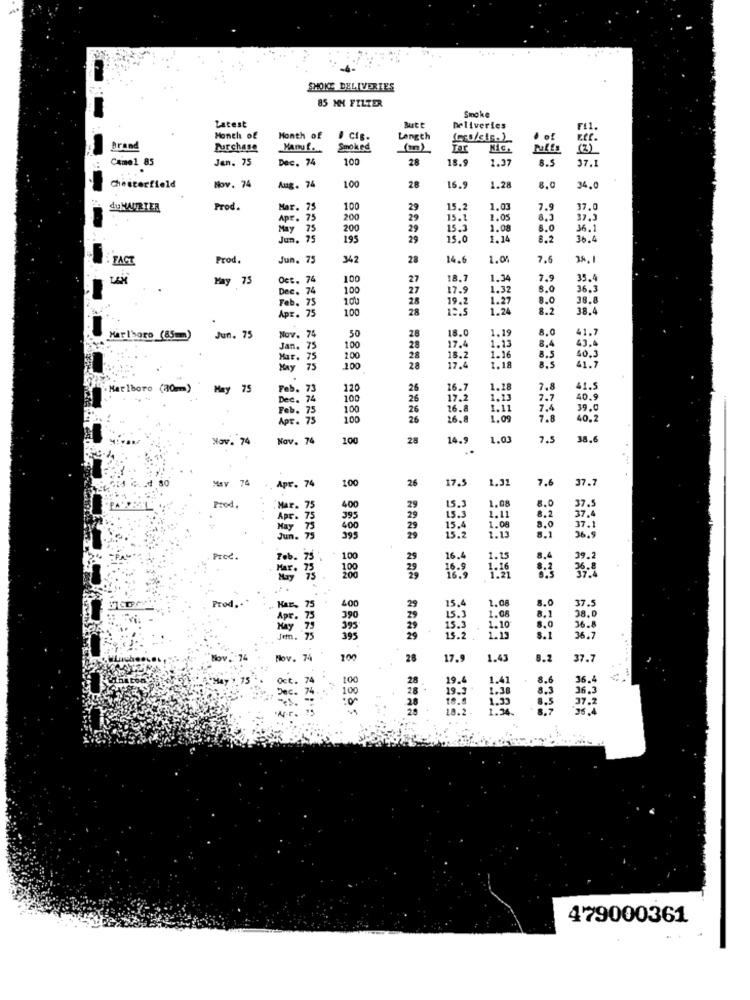
SHOKE DELIVERIES
85 MM FILTER
Latest
Smoke
Deliveries
Month of
Month of
J CIg.
Length
· of
ker .
Brand
Purchase
Manu f.
Smoked
Tar
Puffs
Came1 85
Jan. 75
Dec. 74
100
28
8.5
37.1
Chesterfield
Nov. 74
Aug. 74
100
28
16.9
1.2
8.0
34.0
du MAURTER
Prod.
Mar. 75
100
29
15.2
1.03
7.9
37.0
Apr. 75
200
29
15.
8.5
37.5
May
75
200
29
15.3
1.08
8.0
16.1
Jun. 75
195
29
5.0
1.14
8.2
36.4
FACT
Prod.
Jun. 75
342
28
14.6
1.0
7.6
34.1
May 75
. 74
100
27
18.7
1.3
7.9
35.4
Dec. 7
100
27
17.9
1.32
8.0
36.3
. 75
100
28
19.2
1.27
8.0
38.8
Apr. 7
100
28
1.24
8.2
38.4
18.
1.19
8.0
41.7
Marlboro (85mm)
Jun. 75
Nov. 1
50
28
28
Jan. 75
100
17.4
1.13
8,4
43.4
40,3
Mar. 75
100
28
18.2
1.16
8.5
8.5
41.7
May
75
100
28
17.4
1.18
Marlboro (30m)
May
75
Feb. 2
120
26
16.7
1.18
7.8
41.5
Dec. 74
100
26
17.2
1.13
7.7
40.9
Feb.7
100
26
16.8
1.11
7.4
39.0
Apt. 7
100
26
26.8
1,09
7.8
40.2
Nov. 74
Nov. 74
100
28
14.9
1.03
7.5
38.6
..
MAY 74
Apr. 74
100
26
17.5
1.31
7.6
37.7
1.08
8.0
37.5
Prod.
Mar.
75
400
29
15.
37.4
Apr.
395
15.3
1.11
8.2
37.1
Hay
400
15,4
1.13
1.08
8.1
Jun. 73
395
15.2
36.9
Feb.
75
100
29
16.
1.15
8,4
39.2
100
29
16.9
Prod ...
400
29
15.4
1.08
8.0
37.
38.0
390
15.3
1.08
8,1
8,0
15.5
1.10
36.8
Jøm.
15.2
1.13
8.1
36.7
Nov.
100
28
17.9
1.43
8.2
37.7
28
19.6
1.41
8.6
36.4
100
1.38
36.3
19.3
1.33
8.5
8.3
37.2
18.2.
1.34.
8.7
26.4
479000361